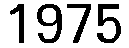
1975